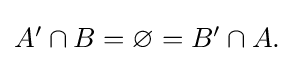
{\textstyle A'\cap B=\varnothing =B'\cap A.}